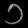
Digit: ၁